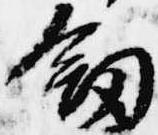
剣